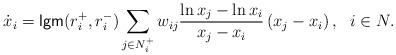
LaTeX: \begin{align*}\dot{x}_i=\mathsf{lgm}(r_i^+,r_i^-) \sum_{j\in N_i^+}w_{ij} \frac{\ln x_j-\ln x_i}{x_j-x_i} \left( x_j- x_i\right), \ \ i\in N.\end{align*}